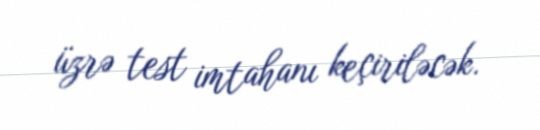
üzrə test imtahanı keçiriləcək.